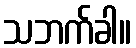
သဘက်ခါ။